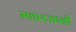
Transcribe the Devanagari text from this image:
महारजानी